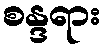
စန္ဒရား